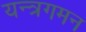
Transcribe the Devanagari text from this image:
यन्त्रगमन